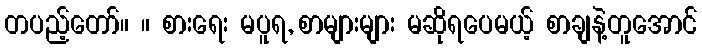
တပည့်တော်။ ။ စားရေး မပူရ, စာများများ မဆိုရပေမယ့် စာချနဲ့တူအောင်